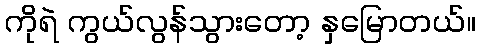
ကိုရဲ ကွယ်လွန်သွားတော့ နှမြောတယ်။